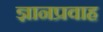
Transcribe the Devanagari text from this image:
ज्ञानप्रवाह